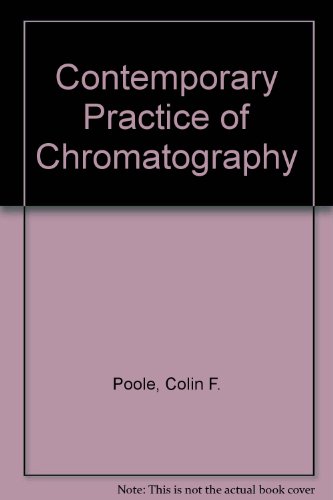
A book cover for Contemporary Practice of Chromatography; Colin F. Poole; Science & Math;